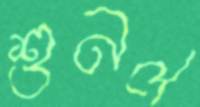
শুনল